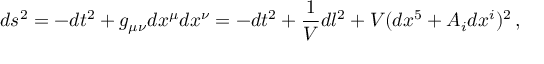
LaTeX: d s ^ { 2 } = - d t ^ { 2 } + g _ { \mu \nu } d x ^ { \mu } d x ^ { \nu } = - d t ^ { 2 } + \frac { 1 } { V } d l ^ { 2 } + V ( d x ^ { 5 } + A _ { i } d x ^ { i } ) ^ { 2 } \, ,